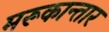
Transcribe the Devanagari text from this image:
मरूकान्तार